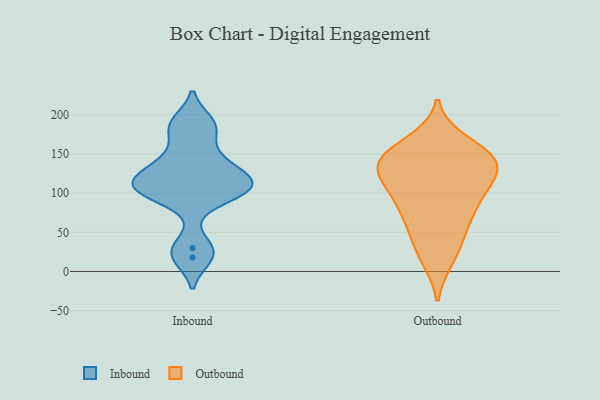
{"axis": {"x": "Budget (USD K)", "y": "Value"}, "legend": ["Inbound", "Outbound"], "data": [{"x": "", "y": 101, "type": "Inbound"}, {"x": "", "y": 126, "type": "Inbound"}, {"x": "", "y": 190, "type": "Inbound"}, {"x": "", "y": 147, "type": "Inbound"}, {"x": "", "y": 126, "type": "Inbound"}, {"x": "", "y": 101, "type": "Inbound"}, {"x": "", "y": 181, "type": "Inbound"}, {"x": "", "y": 107, "type": "Inbound"}, {"x": "", "y": 30, "type": "Inbound"}, {"x": "", "y": 18, "type": "Inbound"}, {"x": "", "y": 108, "type": "Inbound"}, {"x": "", "y": 165, "type": "Outbound"}, {"x": "", "y": 139, "type": "Outbound"}, {"x": "", "y": 98, "type": "Outbound"}, {"x": "", "y": 146, "type": "Outbound"}, {"x": "", "y": 126, "type": "Outbound"}, {"x": "", "y": 140, "type": "Outbound"}, {"x": "", "y": 125, "type": "Outbound"}, {"x": "", "y": 93, "type": "Outbound"}, {"x": "", "y": 23, "type": "Outbound"}, {"x": "", "y": 17, "type": "Outbound"}, {"x": "", "y": 117, "type": "Outbound"}, {"x": "", "y": 56, "type": "Outbound"}, {"x": "", "y": 132, "type": "Outbound"}, {"x": "", "y": 85, "type": "Outbound"}, {"x": "", "y": 76, "type": "Outbound"}, {"x": "", "y": 150, "type": "Outbound"}, {"x": "", "y": 51, "type": "Outbound"}, {"x": "", "y": 153, "type": "Outbound"}]}